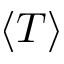
\langle T \rangle